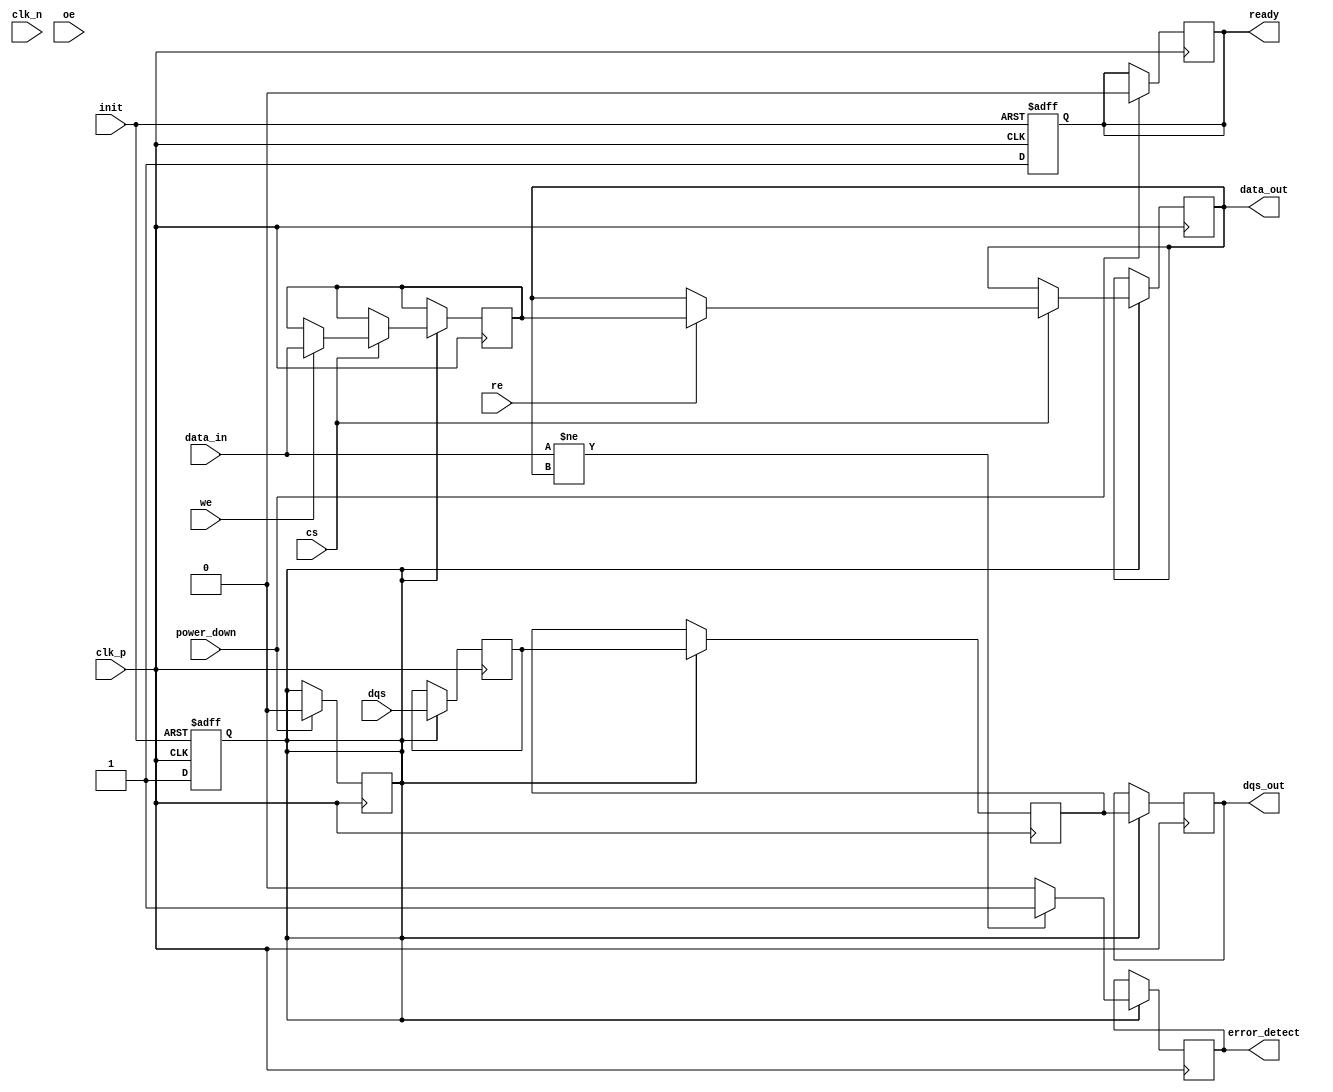
module gDDR2_IO_Block (
    input wire clk_p,                // Positive differential clock input
    input wire clk_n,                // Negative differential clock input
    input wire [63:0] data_in,       // Data input (64-bit bus)
    output reg [63:0] data_out,      // Data output (64-bit bus)
    input wire cs,                   // Chip Select
    input wire we,                   // Write Enable
    input wire re,                   // Read Enable
    input wire oe,                   // Output Enable
    input wire [3:0] dqs,            // Data Strobe signals for DDR
    output reg [3:0] dqs_out,        // Data Strobe output
    input wire init,                 // Initialization signal
    output reg ready,                // Ready status signal
    input wire power_down,           // Power down control
    output reg error_detect          // Error detection signal
);

    // Internal registers for state management
    reg [63:0] mem_data;             // Internal memory data for read/write
    reg [3:0] dqs_reg;               // Internal DQS register
    reg [3:0] dqs_out_reg;           // Internal DQS output register

    // Power management state
    reg powered_on;

    // Initialization process
    always @(posedge clk_p or negedge init) begin
        if (!init) begin
            powered_on <= 1'b0;       // Power down on init low
            ready <= 1'b0;            // Not ready
        end else begin
            powered_on <= 1'b1;       // Power up
            ready <= 1'b1;            // Set ready
        end
    end

    // Data transmission process
    always @(posedge clk_p) begin
        if (powered_on) begin
            if (cs) begin
                if (we) begin
                    // Write operation
                    mem_data <= data_in; // Store data to internal memory
                end
                if (re) begin
                    // Read operation
                    data_out <= mem_data; // Output the stored data
                end
            end
        end
    end

    // DQS signal management
    always @(posedge clk_p) begin
        if (powered_on) begin
            dqs_reg <= dqs;              // Capture input DQS signals
            dqs_out_reg <= dqs_reg;      // Output DQS signals
            dqs_out <= dqs_out_reg;      // Assign to output
        end
    end

    // Error detection logic (simple example)
    always @(posedge clk_p) begin
        if (powered_on) begin
            // Simple error detection logic (placeholder)
            error_detect <= (data_in != data_out) ? 1'b1 : 1'b0;
        end
    end

    // Power down logic
    always @(posedge clk_p) begin
        if (power_down) begin
            powered_on <= 1'b0;          // Power down
            ready <= 1'b0;               // Not ready
        end
    end

endmodule